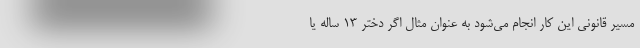
مسیر قانونی این کار انجام می‌شود به عنوان مثال اگر دختر ۱۳ ساله یا